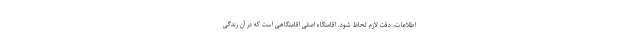
اطلاعات، دقت لازم لحاظ شود. اقامتگاه اصلی اقامتگاهی است که در آن زندگی